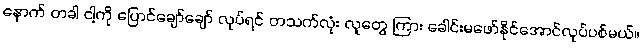
နောက် တခါ ငါ့ကို ပြောင်ချော်ချော် လုပ်ရင် တသက်လုံး လူတွေ ကြား ခေါင်းမဖော်နိုင်အောင်လုပ်ပစ်မယ်။